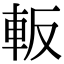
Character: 䡊